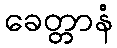
ခေတ္တာနံ